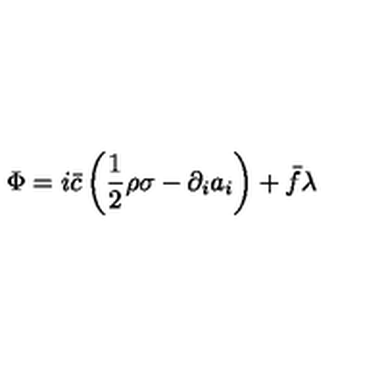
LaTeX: \Phi = i \bar { c } \left( \frac { 1 } { 2 } \rho \sigma - \partial _ { i } a _ { i } \right) + \bar { f } \lambda